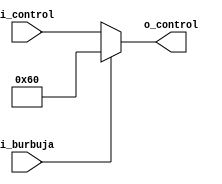
`timescale 1ns / 1ps
//////////////////////////////////////////////////////////////////////////////////
// Company: UNC FCEFyN
// 
// Design Name: 
// Module Name: MUX_CONTROL_PRINCIPAL
// Project Name: MIPS
// Target Devices: 
// Tool Versions: 
// Description: 
// 
// Dependencies: 
// 
// Revision:
// Revision 0.01 - File Created
// Additional Comments:
// 
//////////////////////////////////////////////////////////////////////////////////


module MUX_CONTROL_PRINCIPAL
    (   //INPUTS
        input [8:0]     i_control,
        input           i_burbuja,
        //OUTPUTS
        output [8:0]    o_control
    );

    assign o_control = i_burbuja ? 9'b001100000 : i_control;
endmodule